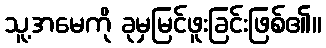
သူ့အမေကို ခုမှမြင်ဖူးခြင်းဖြစ်၏။